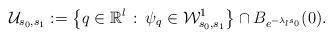
LaTeX: \begin{align*} \mathcal U_{ s_{0}, s_{1}}:=\left\{q\in \mathbb R^{l}\,:\, \psi_{q}\in \mathcal W^{1}_{ s_{0}, s_{1}}\right\}\cap B_{e^{-\lambda_{l} s_{0}}}(0).\end{align*}